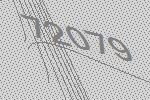
72079